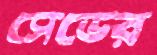
সেডের